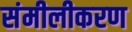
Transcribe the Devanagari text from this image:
संमीलीकरण